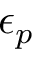
\epsilon _ { p }